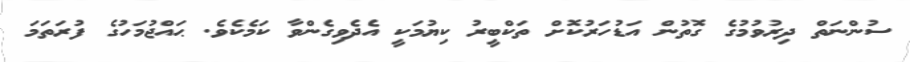
ސުންނަތް ދިރުވުމުގެ ގޮތުން އަޑުހަރުކޮށް ތަކްބީރު ކިޔުމަކީ އެދެވިގެންވާ ކަމެކެވެ. ޙައްޖުމަހުގެ ފުރަތަމަ